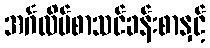
အင်္ဂလိပ်စာသင်ခန်းစာနှင့်